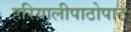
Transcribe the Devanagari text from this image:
हरियालीपाठोपाठ